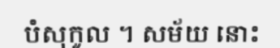
បំសុកូល ។ សម័យ នោះ